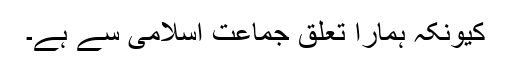
کیونکہ ہمارا تعلق جماعت اسلامی سے ہے۔